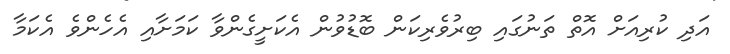
އަދި ކުރިއަށް އޮތް ތަނުގައި ބިރުވެރިކަން ބޮޑުވުން އެކަށީގެންވާ ކަމަށާއި އެހެންވެ އެކަމާ